Scottish Leaving Certificate Examination, 1961
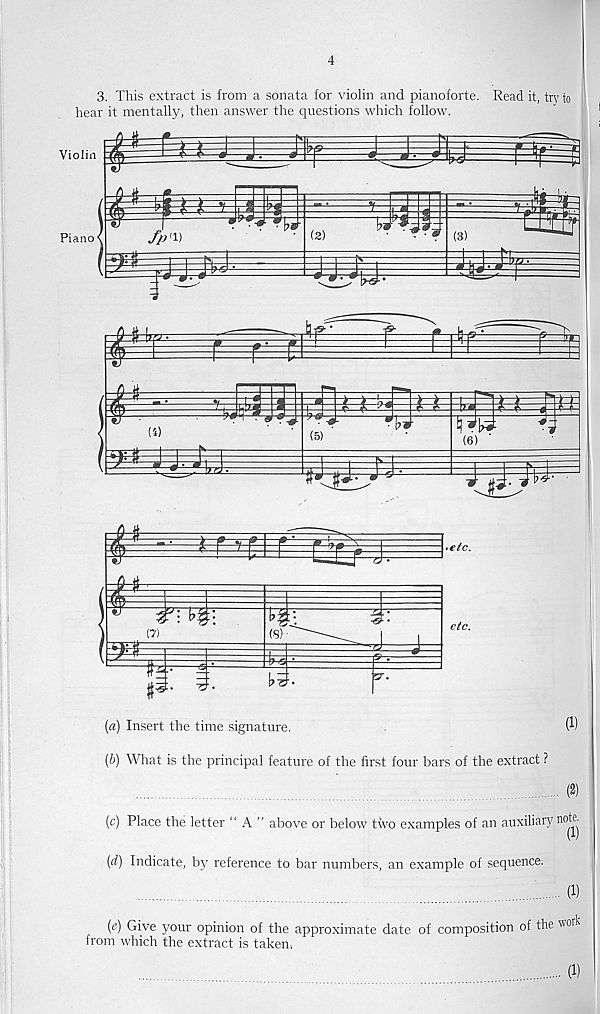
4
3. This extract is from a sonata for violin and pianoforte. Read it, try to
hear it mentally, then answer the questions which follow.
(a) Insert the time signature.
W
(b) What is the principal feature of the first four bars of the extract ?
(2)
(c) Place the letter “ A ” above or below two examples of an auxiliary note
{d) Indicate, by reference to bar numbers, an example of sequence.
(1)
(e) Give your opinion of the approximate date of composition of the wor^
from which the extract is taken,
.. (1)